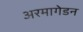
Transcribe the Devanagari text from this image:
अरमागेडन